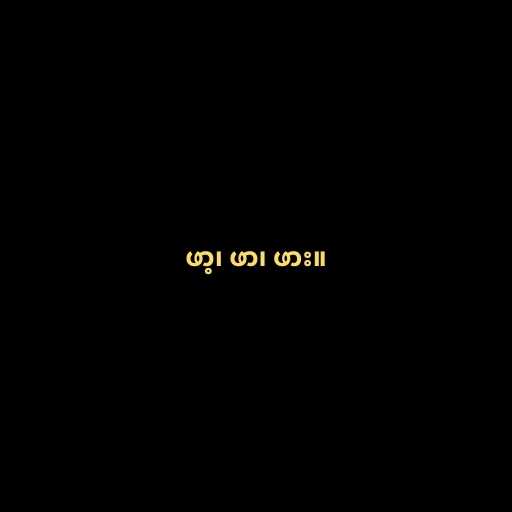
ဖာ့၊ ဖာ၊ ဖား။